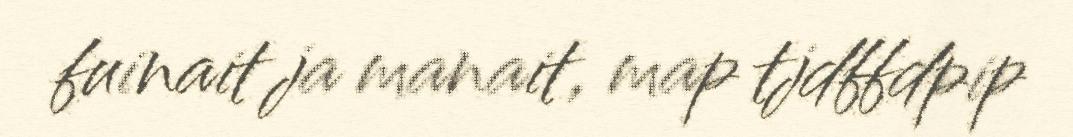
fuinait ja manait, map tjdffdpip